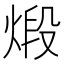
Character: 煅